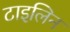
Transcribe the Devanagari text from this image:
टाइलिन